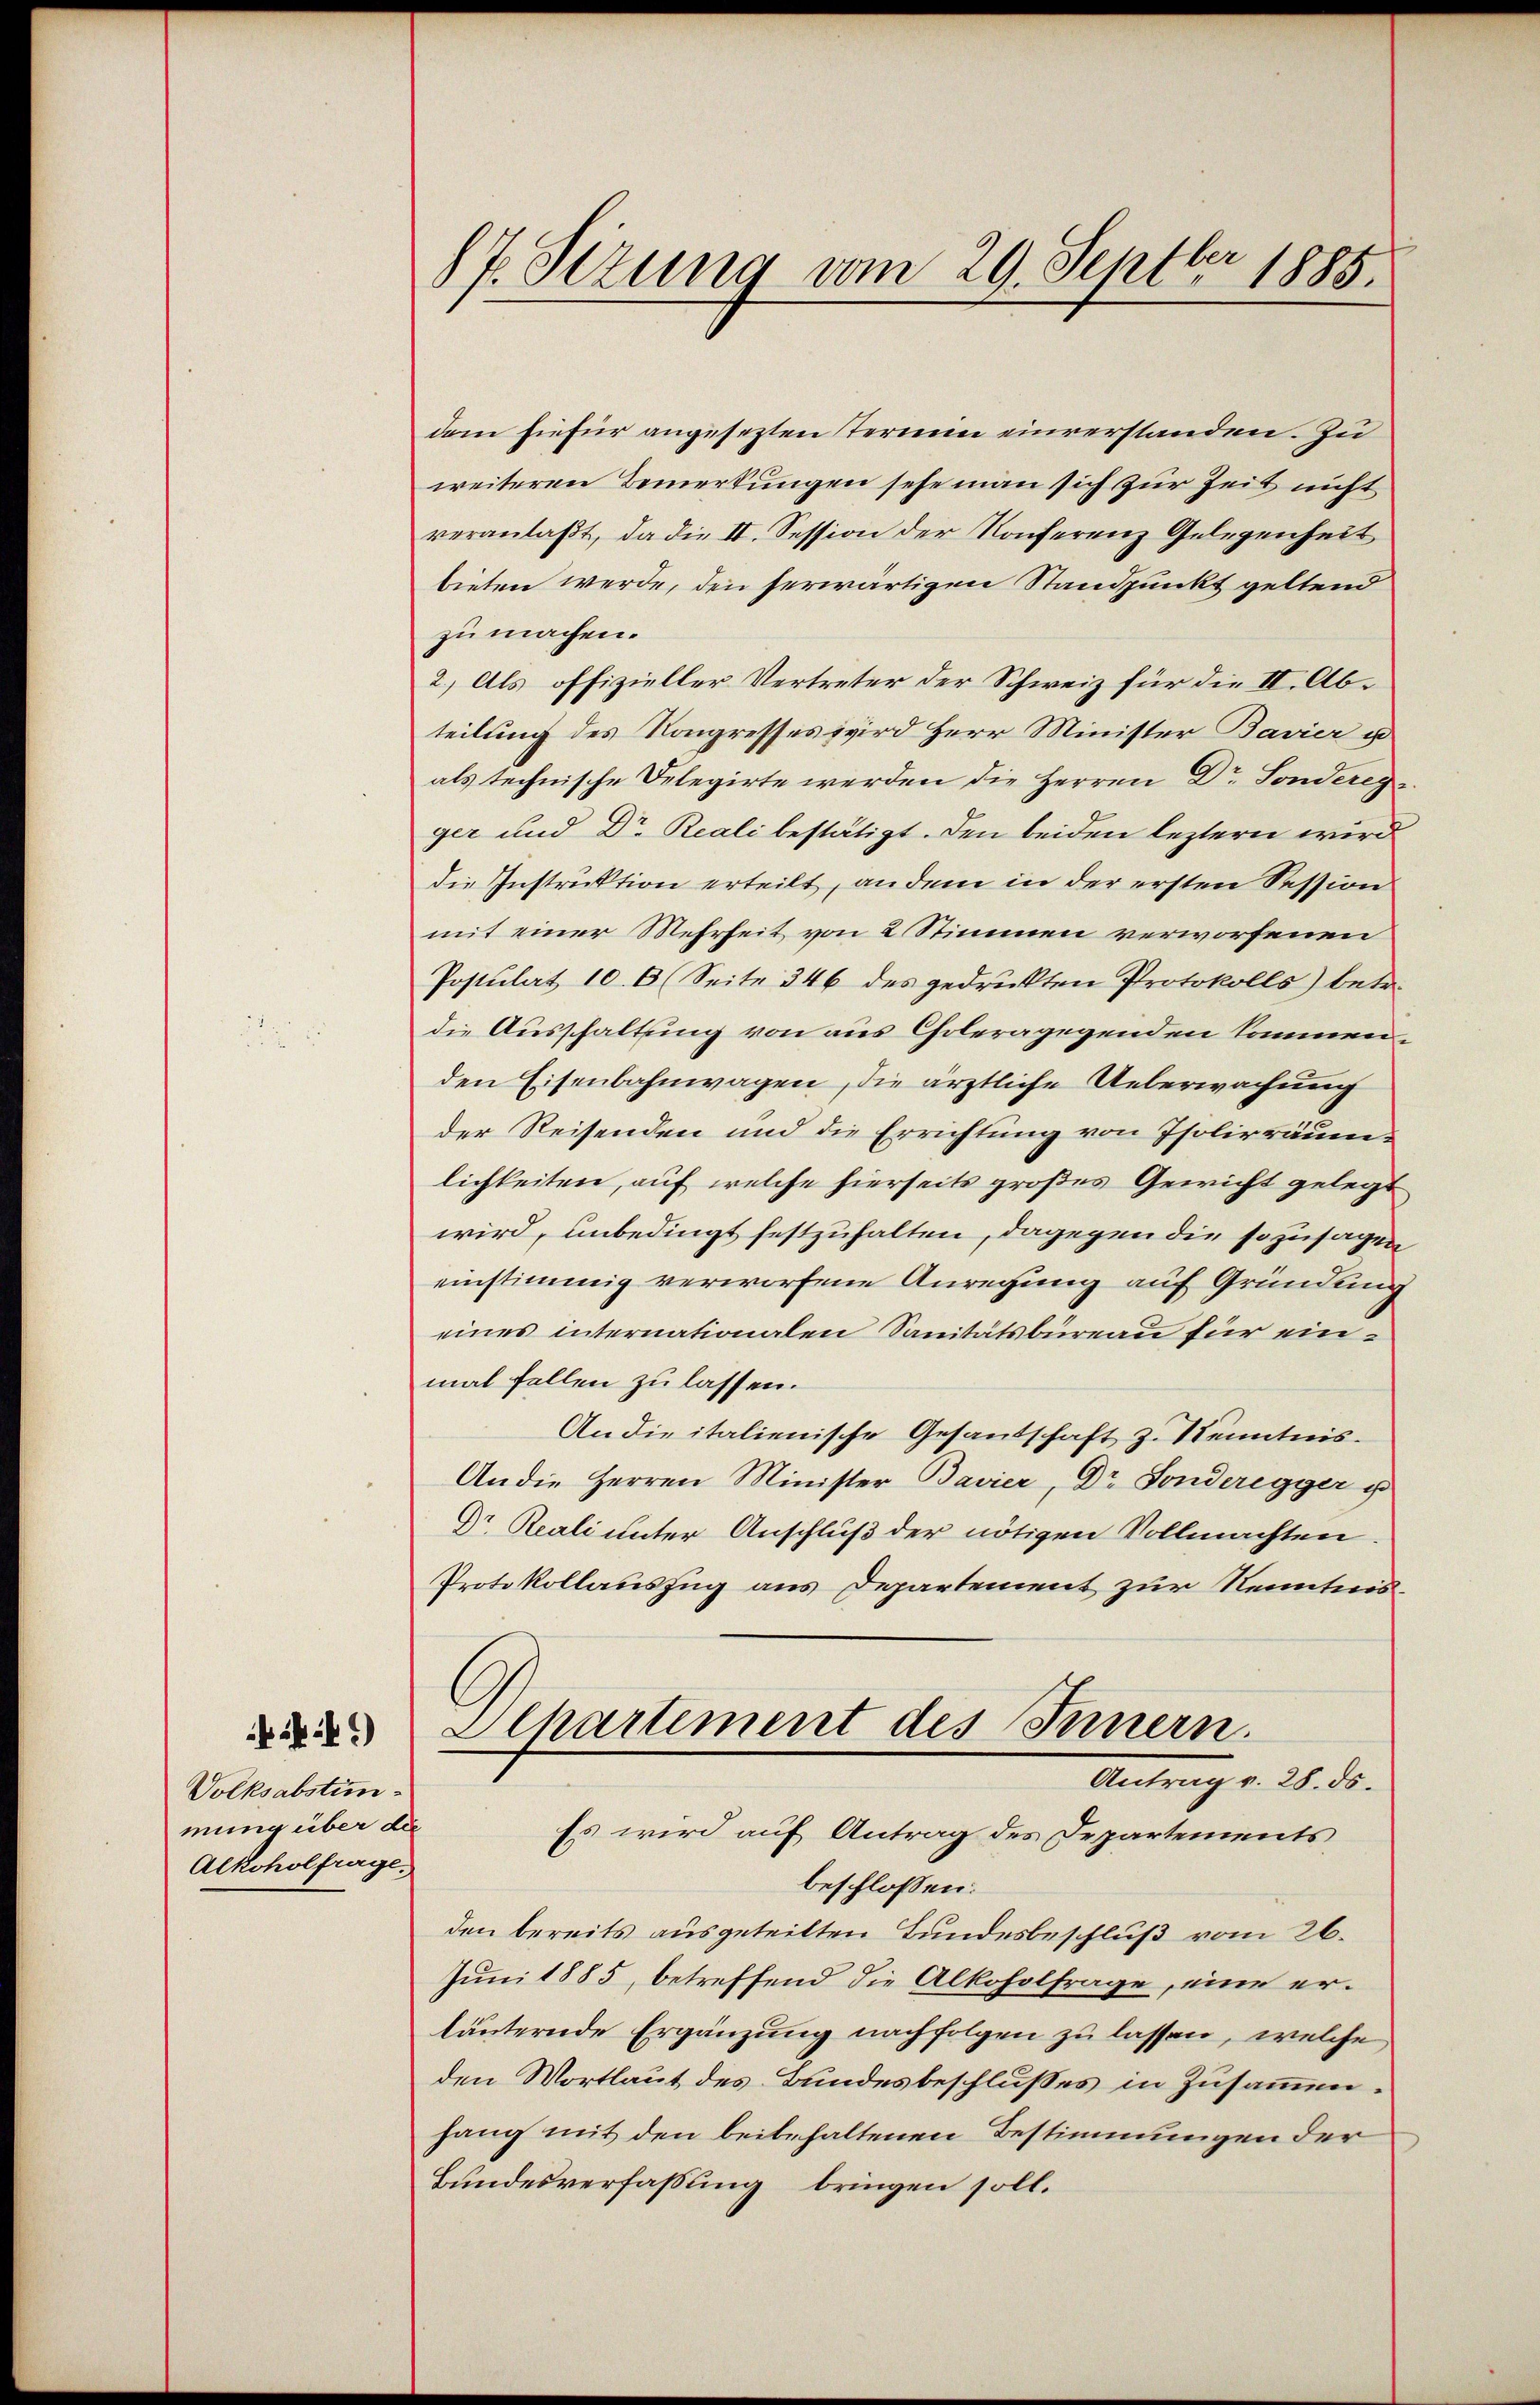
*)
Volksabstimmmung über die
Alkoholfrage.

87. Sizung vom 29. Septbr 1885.

dem hiefür angesezten Termin einverstanden. Zu
weiteren Bemerkungen sehe man sich zur Zeit nicht
veranlaßt, da die II. Session der Konferenz Gelegenheit
bieten werde, den herwärtigen Standpunkt geltend
zu machen.
2.) Als offizieller Vertreter der Schweiz für die IV. Abteilung des Kongresses wird Herr Minister Bavier u
als technische Delegirte werden die Herren Dr Sonderegger und Dr. Reali bestätigt. Den beiden leztern wird
die Instruktion erteilt, an dem in der ersten Session
mit einer Mehrheit von 2 Stimmen verworfenen
Postulat 10. 6 (Seite 346 des gedruckten Protokolls) betr.
die Ausschaltung von aus Choleragegenden kommenden Eisenbahnwagen, die ärztliche Ueberwachung
der Reisenden und die Errichtung von Isolirräumlichkeiten, auf welche hierseits großes Gewicht gelegt
wird, unbedingt festzuhalten, dagegen die sozusagen
einstimmig verworfene Anregung auf Gründung
eines internationalen Sanitätsbüreau für einmal fallen zu lassen.
An die italienische Gesantschaft z. Kenntnis.
An die Herren Minister Bavier, Dr. Sonderegger u
Dr. Reali unter Anschluß der nötigen Vollmachten.
Protokollauszug aus Departement zur Kenntnis¬
Plhartement des Innern.
Antrag v. 28. ds.
Es wird auf Antrag des Departements
beschlossen:
den bereits ausgeteilten Bundesbeschluß vom 26.
Juni 1885, betreffend die Alkoholfrage, eine erläuternde Ergänzung nachfolgen zu lassen, welche
den Wortlaut des Bundesbeschlusses in Zusammenhang mit den beibehaltenen Bestimmungen der
Bundesverfassung bringen soll.